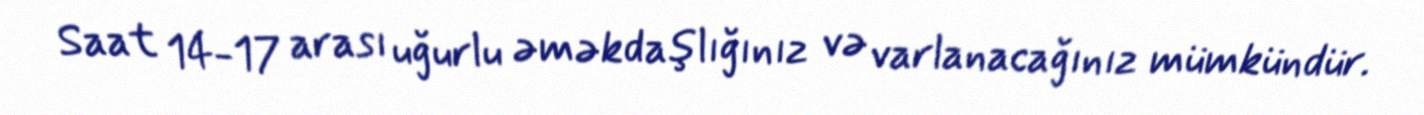
Saat 14-17 arası uğurlu əməkdaşlığınız və varlanacağınız mümkündür.